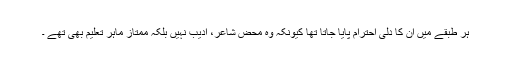
ہر طبقے میں ان کا دلی احترام پایا جاتا تھا کیونکہ وہ محض شاعر، ادیب نہیں بلکہ ممتاز ماہر تعلیم بھی تھے ۔